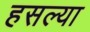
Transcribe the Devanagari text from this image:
हसल्या